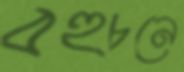
বহুচনে